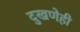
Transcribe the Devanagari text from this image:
दुखणेही